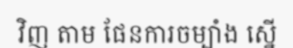
វិញ តាម ផែនការចម្បាំង ស្នើ